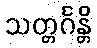
သတ္တင်္ဂန္တိ